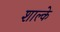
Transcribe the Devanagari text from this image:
शाल्के